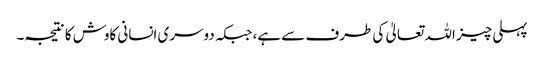
پہلی چیز اللہ تعالیٰ کی طرف سے ہے، جبکہ دوسری انسانی کاوش کا نتیجہ۔